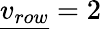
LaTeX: {\underline{{v_{row}}}}=2